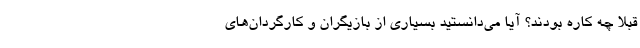
قبلا چه کاره بودند؟ آیا می‌دانستید بسیاری از بازیگران و کارگردان‌های